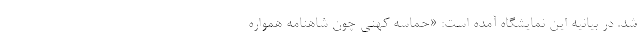
شد. در بیانیه این نمایشگاه آمده است: «حماسه کهنی چون شاهنامه همواره